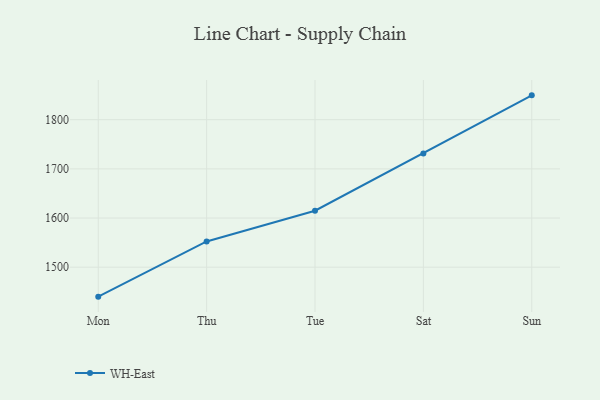
{"axis": {"x": "Day", "y": "Humidity (%)"}, "legend": ["WH-East"], "data": [{"x": "Mon", "y": 1440.1, "type": "WH-East"}, {"x": "Thu", "y": 1552.4, "type": "WH-East"}, {"x": "Tue", "y": 1614.8, "type": "WH-East"}, {"x": "Sat", "y": 1731.3, "type": "WH-East"}, {"x": "Sun", "y": 1849.5, "type": "WH-East"}]}